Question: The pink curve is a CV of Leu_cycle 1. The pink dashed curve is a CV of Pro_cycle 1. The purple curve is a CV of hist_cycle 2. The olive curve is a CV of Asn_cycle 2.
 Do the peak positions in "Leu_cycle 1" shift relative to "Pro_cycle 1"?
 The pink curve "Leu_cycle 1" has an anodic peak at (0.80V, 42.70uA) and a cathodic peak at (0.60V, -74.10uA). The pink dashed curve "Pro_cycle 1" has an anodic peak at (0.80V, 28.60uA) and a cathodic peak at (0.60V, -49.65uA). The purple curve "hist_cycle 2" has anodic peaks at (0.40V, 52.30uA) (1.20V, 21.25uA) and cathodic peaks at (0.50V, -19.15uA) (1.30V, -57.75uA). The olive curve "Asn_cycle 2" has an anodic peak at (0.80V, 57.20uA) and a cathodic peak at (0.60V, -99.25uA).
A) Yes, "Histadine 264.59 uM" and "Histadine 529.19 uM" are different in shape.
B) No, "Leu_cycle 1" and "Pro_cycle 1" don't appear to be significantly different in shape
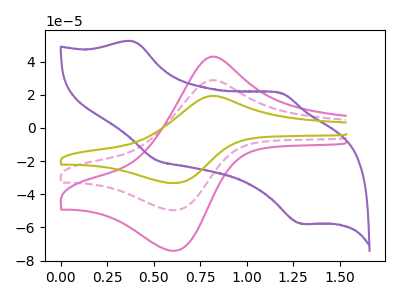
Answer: <think>All the peaks in "Leu_cycle 1" have a peak in "Pro_cycle 1" at the same potential. Every peak in "Leu_cycle 1" is higher than every peak in "Pro_cycle 1".
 </think>
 <answer>B) No, "Leu_cycle 1" and "Pro_cycle 1" don't appear to be significantly different in shape</answer>
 <eval>B</eval>